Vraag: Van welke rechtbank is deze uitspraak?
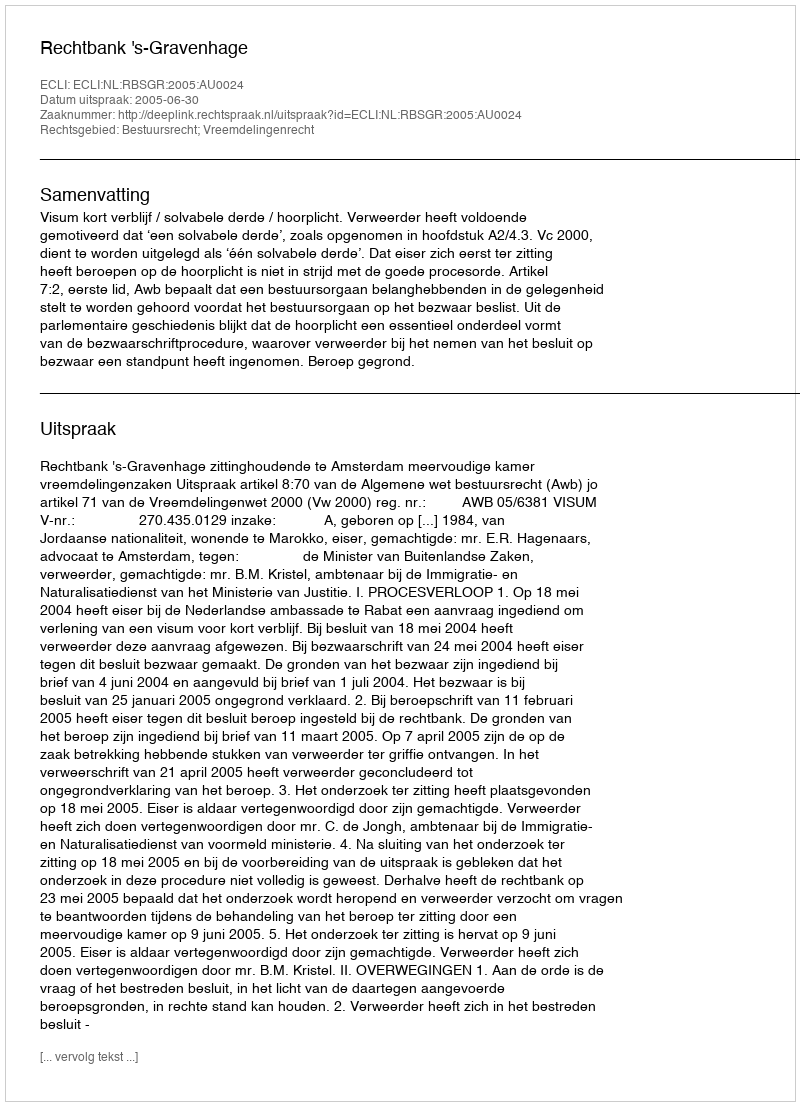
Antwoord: Rechtbank 's-Gravenhage